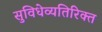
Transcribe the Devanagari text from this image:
सुविधेव्यतिरिक्त